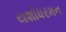
યશોધરમન